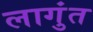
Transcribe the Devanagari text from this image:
लागुंत